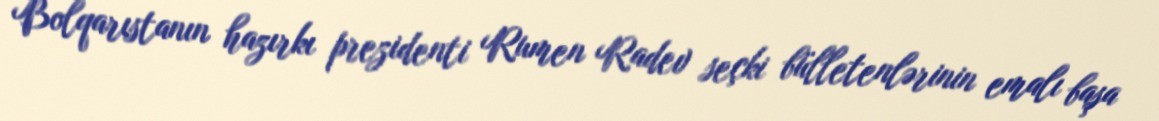
Bolqarıstanın hazırkı prezidenti Rumen Radev seçki bülletenlərinin emalı başa